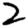
Digit: 2